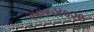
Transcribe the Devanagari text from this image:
२४७५४०२९